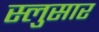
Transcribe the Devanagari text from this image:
स्लुसार